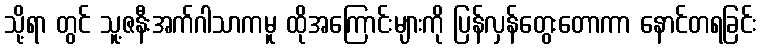
သို့ရာ တွင် သူ့ဇနီးအက်ဂါသာကမူ ထိုအကြောင်းများကို ပြန်လှန်တွေးတောကာ နောင်တရခြင်း